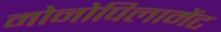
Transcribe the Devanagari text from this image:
मोनोपिलामेंट